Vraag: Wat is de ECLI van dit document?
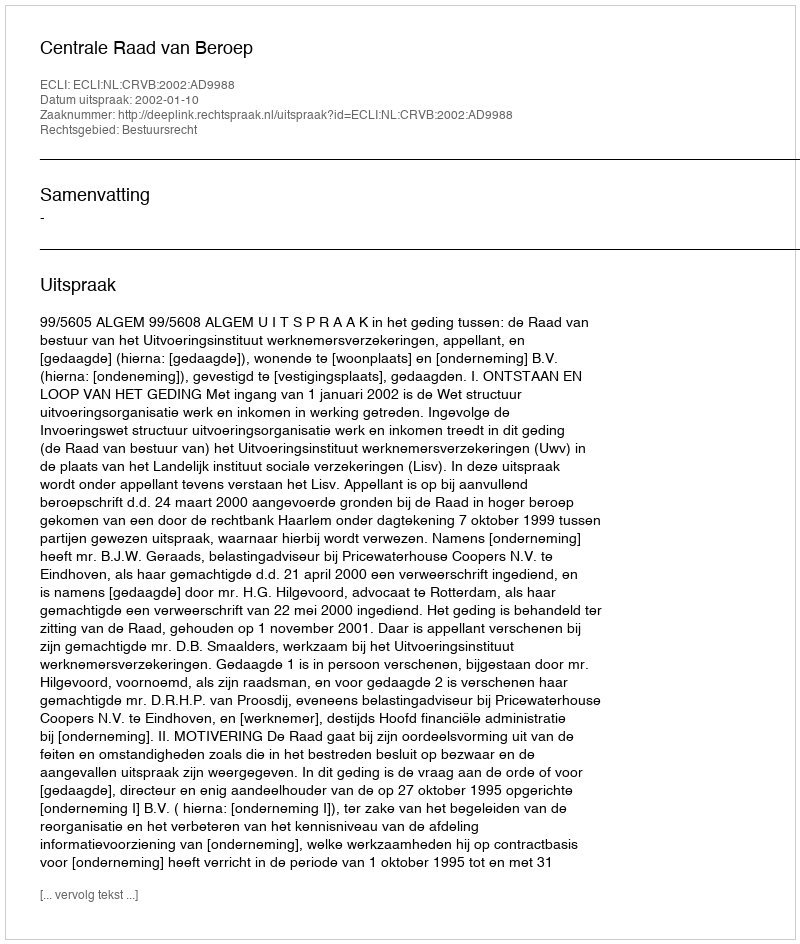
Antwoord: ECLI:NL:CRVB:2002:AD9988